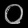
Digit: ၀